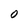
Character: O